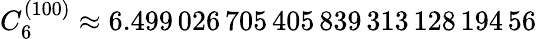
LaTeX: C_{6}^{(100)}\approx 6.499\, 026\, 705\, 405\, 839\, 313\, 128\, 194\, 56